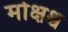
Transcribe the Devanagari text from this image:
मोक्षश्च